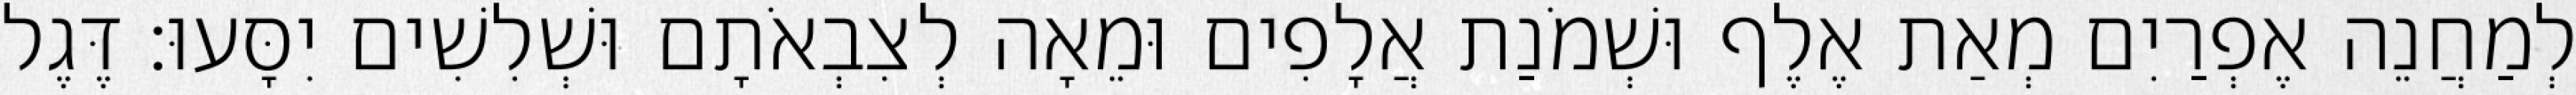
לְמַחֲנֵה אֶפְרַיִם מְאַת אֶלֶף וּשְׁמֹנַת אֲלָפִים וּמֵאָה לְצִבְאֹתָם וּשְׁלִשִׁים יִסָּעוּ׃ דֶּגֶל